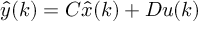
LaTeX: { \hat { y } } ( k ) = C { \hat { x } } ( k ) + D u ( k )